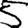
Digit: 5